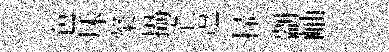
色秌粲攝罕逗掃剬岫